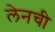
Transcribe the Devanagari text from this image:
लेनची